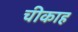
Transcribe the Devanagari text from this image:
चीकाह